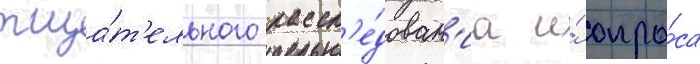
тща́т'ельного рассл'е́дован'иа и́ опро́са